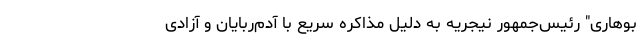
بوهاری" رئیس‌جمهور نیجریه به دلیل مذاکره سریع با آدم‌ربایان و آزادی